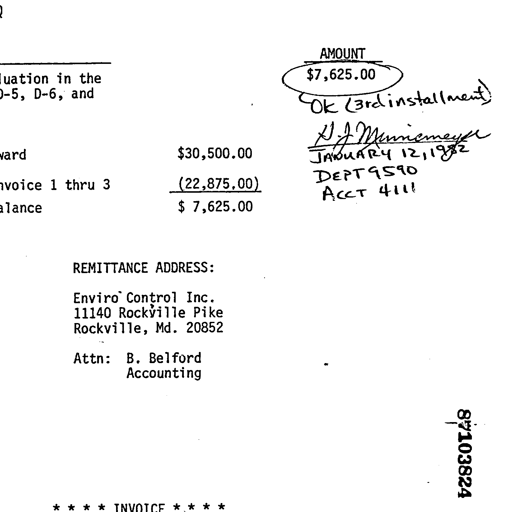
AMOUNT
$7,625.00
in the
D-6, and
Ok (3rd installment)
H. J. Minnimeyer
ward $30,500.00 JANUARY 12, 1982
nvoice 1 thru 3 (22,875.00) DEPT 9590
alance $ 7,625.00 ACCT 4111
REMITTANCE ADDRESS:
Enviro Control Inc.
11140 Rockville Pike
Rockville, Md. 20852
Attn: B. Belford
Accounting
87103824
* * * * INVOICE * * * *